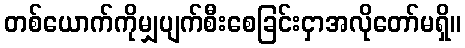
တစ်ယောက်ကိုမျှပျက်စီးစေခြင်းငှာအလိုတော်မရှိ။